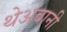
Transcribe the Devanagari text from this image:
थेअंबानी